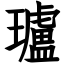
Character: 瓐